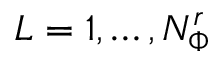
L = 1 , \dots , N _ { \Phi } ^ { r }